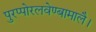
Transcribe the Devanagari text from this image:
पुरप्पोरलवेण्बामालै।